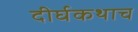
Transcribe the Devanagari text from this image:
दीर्घकथाच